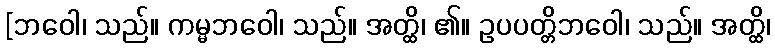
[ဘဝေါ၊ သည်။ ကမ္မဘဝေါ၊ သည်။ အတ္ထိ၊ ၏။ ဥပပတ္တိဘဝေါ၊ သည်။ အတ္ထိ၊